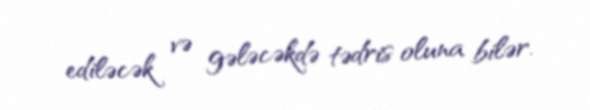
ediləcək və gələcəkdə tədris oluna bilər.